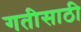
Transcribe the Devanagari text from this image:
गतीसाठी